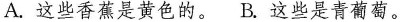
A.这些香蕉是黄色的. B.这些是青葡萄.